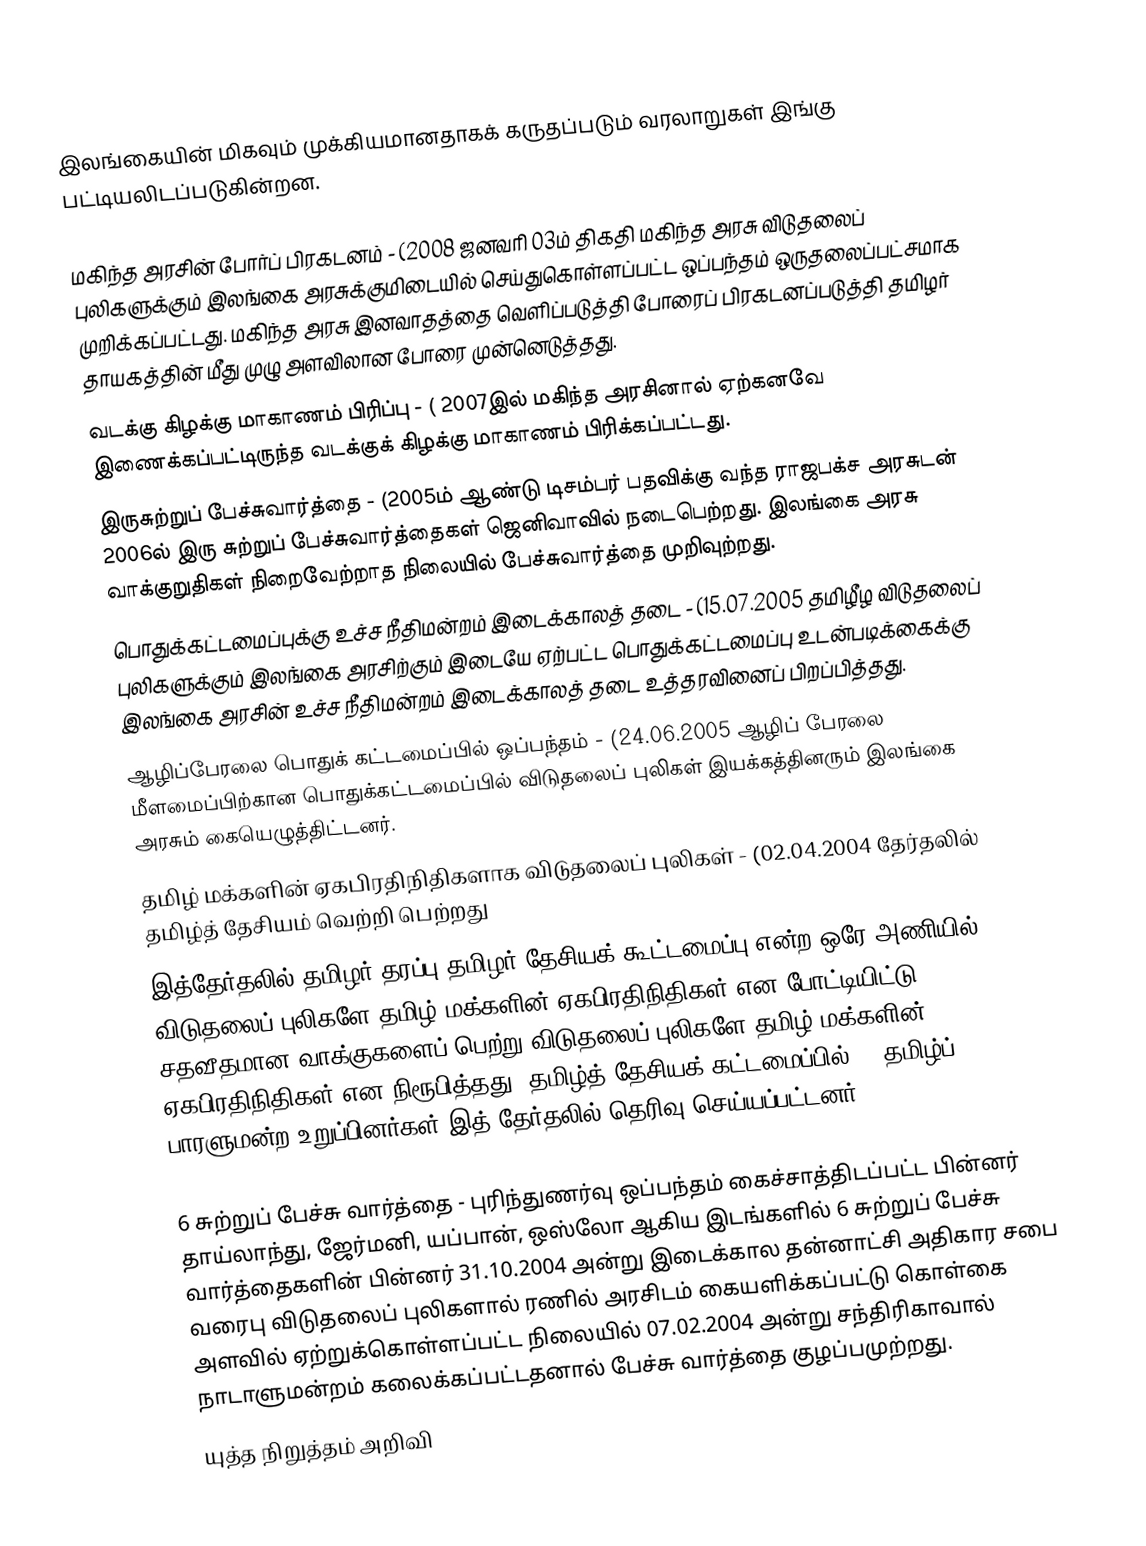
இலங்கையின் மிகவும் முக்கியமானதாகக் கருதப்படும் வரலாறுகள் இங்கு பட்டியலிடப்படுகின்றன.

 மகிந்த அரசின் போர்ப் பிரகடனம் - (2008 ஜனவரி 03ம் திகதி மகிந்த அரசு விடுதலைப் புலிகளுக்கும் இலங்கை அரசுக்குமிடையில் செய்துகொள்ளப்பட்ட ஒப்பந்தம் ஒருதலைப்பட்சமாக முறிக்கப்பட்டது. மகிந்த அரசு இனவாதத்தை வெளிப்படுத்தி போரைப் பிரகடனப்படுத்தி தமிழர் தாயகத்தின் மீது முழு அளவிலான போரை முன்னெடுத்தது.
 வடக்கு கிழக்கு மாகாணம் பிரிப்பு - ( 2007இல் மகிந்த அரசினால் ஏற்கனவே இணைக்கப்பட்டிருந்த  வடக்குக் கிழக்கு மாகாணம் பிரிக்கப்பட்டது.
 இருசுற்றுப் பேச்சுவார்த்தை -  (2005ம் ஆண்டு டிசம்பர் பதவிக்கு வந்த ராஜபக்ச அரசுடன் 2006ல் இரு சுற்றுப் பேச்சுவார்த்தைகள் ஜெனிவாவில் நடைபெற்றது. இலங்கை அரசு வாக்குறுதிகள் நிறைவேற்றாத நிலையில் பேச்சுவார்த்தை முறிவுற்றது.
 பொதுக்கட்டமைப்புக்கு உச்ச நீதிமன்றம் இடைக்காலத் தடை - (15.07.2005 தமிழீழ விடுதலைப் புலிகளுக்கும் இலங்கை அரசிற்கும் இடையே ஏற்பட்ட பொதுக்கட்டமைப்பு உடன்படிக்கைக்கு இலங்கை அரசின் உச்ச நீதிமன்றம் இடைக்காலத் தடை உத்தரவினைப் பிறப்பித்தது.
 ஆழிப்பேரலை பொதுக் கட்டமைப்பில் ஒப்பந்தம் - (24.06.2005 ஆழிப் பேரலை மீளமைப்பிற்கான பொதுக்கட்டமைப்பில் விடுதலைப் புலிகள் இயக்கத்தினரும் இலங்கை அரசும் கையெழுத்திட்டனர்.
 தமிழ் மக்களின் ஏகபிரதிநிதிகளாக விடுதலைப் புலிகள் -  (02.04.2004 தேர்தலில் தமிழ்த் தேசியம் வெற்றி பெற்றது
இத்தேர்தலில் தமிழர் தரப்பு தமிழர் தேசியக் கூட்டமைப்பு என்ற ஒரே அணியில் விடுதலைப் புலிகளே தமிழ் மக்களின் ஏகபிரதிநிதிகள் என போட்டியிட்டு 90 சதவீதமான வாக்குகளைப் பெற்று விடுதலைப் புலிகளே தமிழ் மக்களின் ஏகபிரதிநிதிகள் என நிரூபித்தது. தமிழ்த் தேசியக் கட்டமைப்பில் 22 தமிழ்ப் பாரளுமன்ற உறுப்பினர்கள் இத் தேர்தலில் தெரிவு செய்யப்பட்டனர்.

 6 சுற்றுப் பேச்சு வார்த்தை -  புரிந்துணர்வு ஒப்பந்தம் கைச்சாத்திடப்பட்ட பின்னர் தாய்லாந்து, ஜேர்மனி, யப்பான், ஒஸ்லோ ஆகிய இடங்களில் 6 சுற்றுப் பேச்சு வார்த்தைகளின் பின்னர் 31.10.2004 அன்று இடைக்கால தன்னாட்சி அதிகார சபை வரைபு விடுதலைப் புலிகளால் ரணில் அரசிடம் கையளிக்கப்பட்டு கொள்கை அளவில் ஏற்றுக்கொள்ளப்பட்ட நிலையில் 07.02.2004 அன்று சந்திரிகாவால் நாடாளுமன்றம் கலைக்கப்பட்டதனால் பேச்சு வார்த்தை குழப்பமுற்றது.
 யுத்த நிறுத்தம் அறிவி